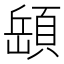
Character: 𩓥